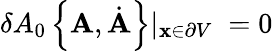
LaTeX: \delta A_{0}\left\{ {\mathbf A},\dot{{\mathbf A}}\right\} |_{{\mathbf x}\in\partial V}\; =0